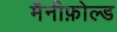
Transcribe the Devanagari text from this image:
मैनीफ़ोल्ड